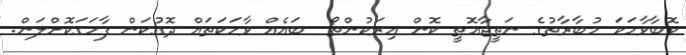
ކޮބާވާހަކަ މުބާރާތުގެ ނަތީޖާއޮތީ ކޮން އިރަކުންތޯ  ބައެއް ވާހަކަތައް ދޮގުކަން ފާހަގަކޮށްލަން.